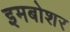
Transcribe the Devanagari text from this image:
इमबोशर